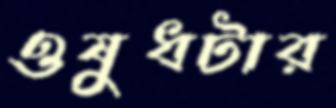
ওষুধটার